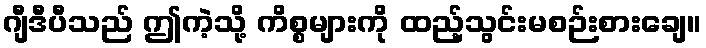
ဂျီဒီပီသည် ဤကဲ့သို့ ကိစ္စများကို ထည့်သွင်းမစဉ်းစားချေ။